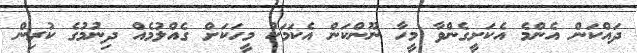
ދައްކަން އެންމެ އެކަށީގެންވާ މީހާ ނޫންކަން އެކަމަކު މީހަކަށް ގެއްލުމެއް ދިނުމުގެ ކުރިން